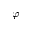
\varphi